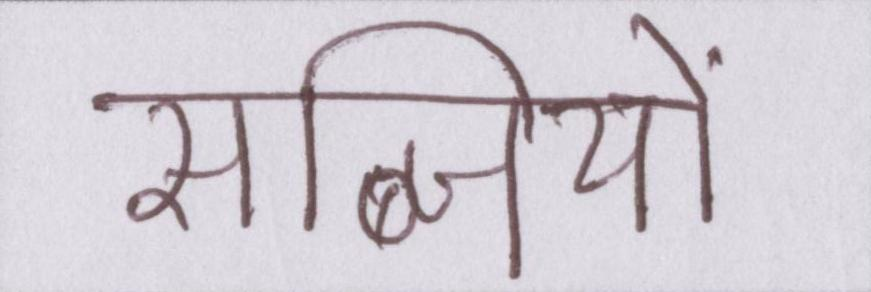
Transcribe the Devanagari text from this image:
सब्जियों